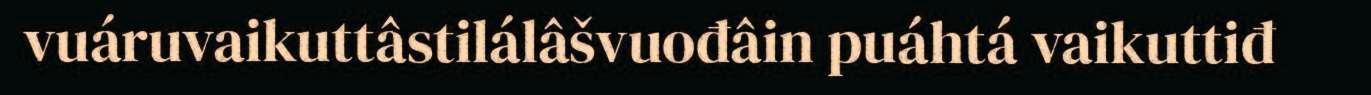
vuáruvaikuttâstilálâšvuođâin puáhtá vaikuttiđ